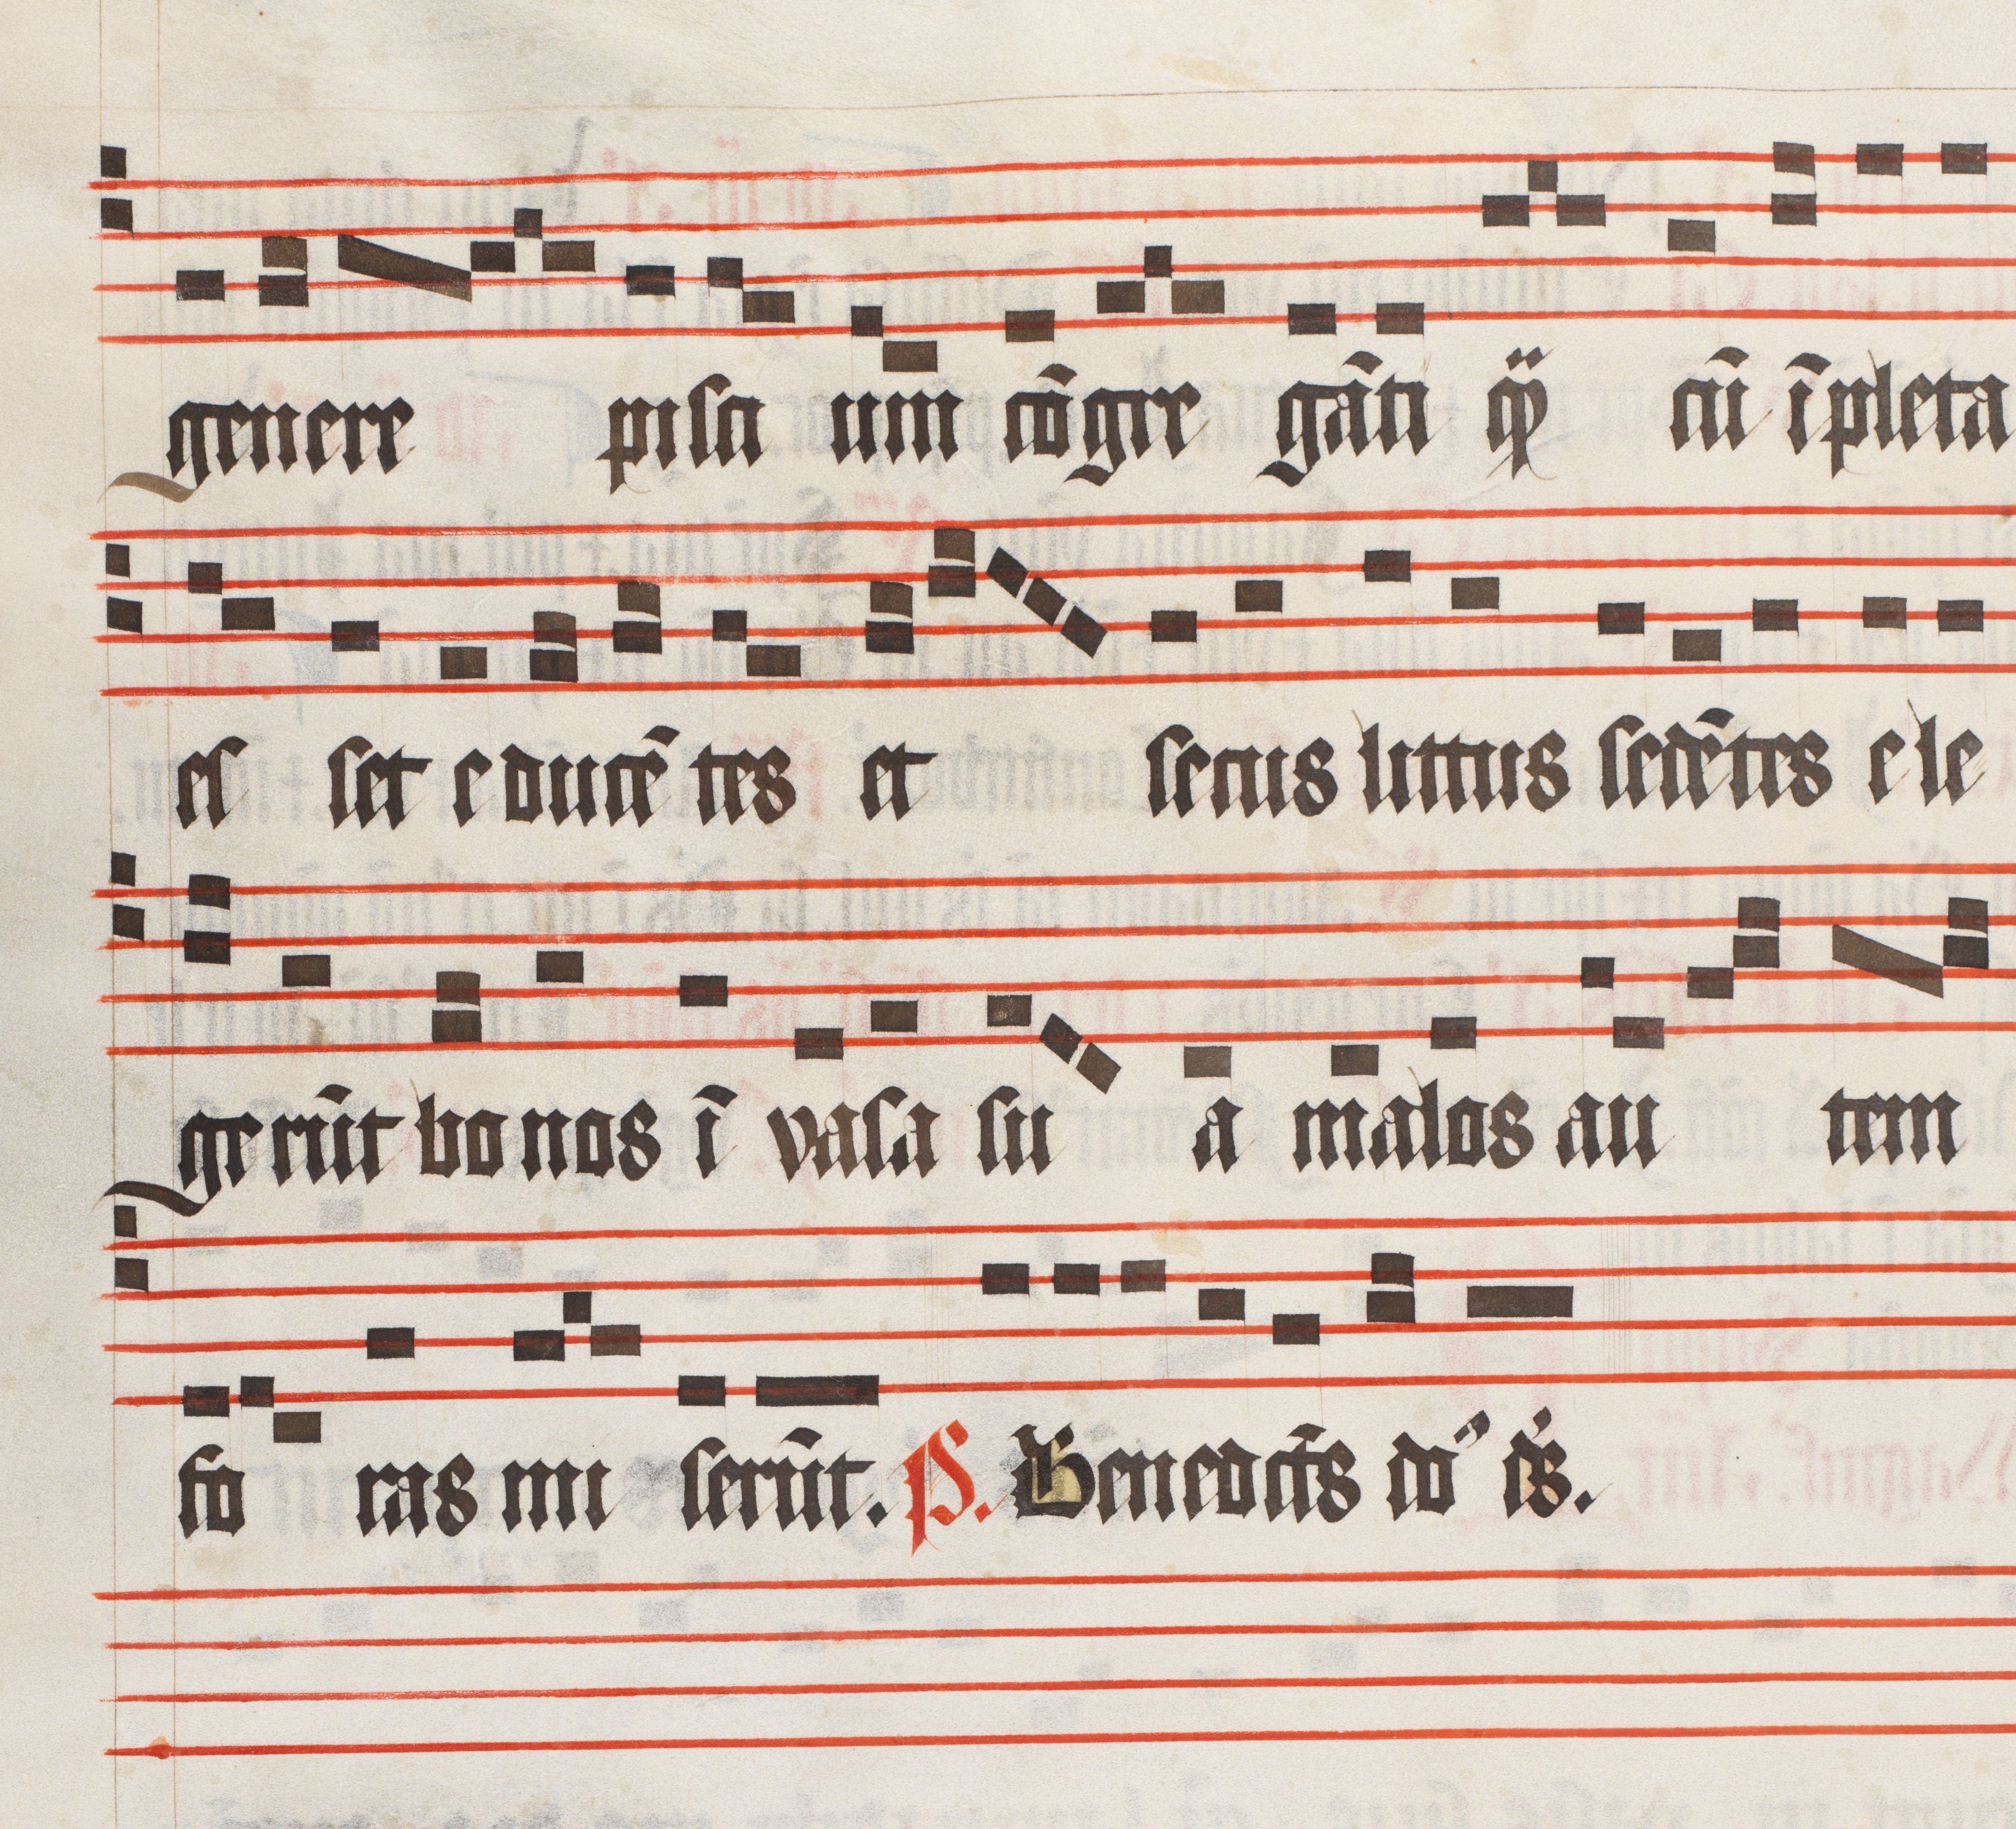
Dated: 1509–1517